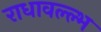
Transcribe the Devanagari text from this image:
राधावल्ल्भ